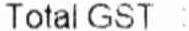
TOTAL GST :